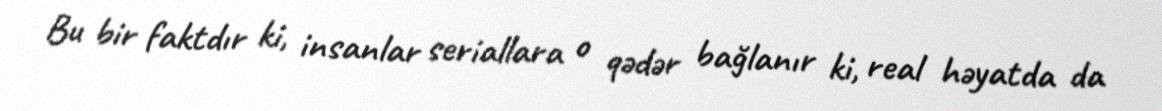
Bu bir faktdır ki, insanlar seriallara o qədər bağlanır ki, real həyatda da